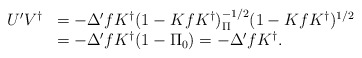
\begin{align*}\begin{array}{rl}U'V^\dag&=-\Delta'f K^\dag(1-K f K^\dag)^{-1/2}_\Pi(1-K fK^\dag)^{1/2}\\&=-\Delta'f K^\dag(1-\Pi_0)=-\Delta'f K^\dag.\end{array}\end{align*}